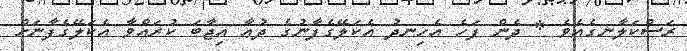
ރަސްކަލާނގެއެވެ * ދެން ފަހެ އެހިނދު އެކަލޭގެފާނުގެ ދުޢާ އިޖާބަ ކުރައްވާ އެކަލޭގެފާނަށް